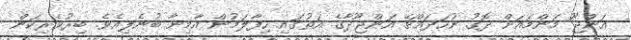
އަންޖޫ މަންމައަށް ދޮގު ނުހަދައްޗޭ އަންޖޫދާގެ އަތުގައި ހިފާލަމުން އާމިނާ ބުނެލިއެވެ. ބިރުވެރިކަން